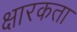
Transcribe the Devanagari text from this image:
क्षारकता